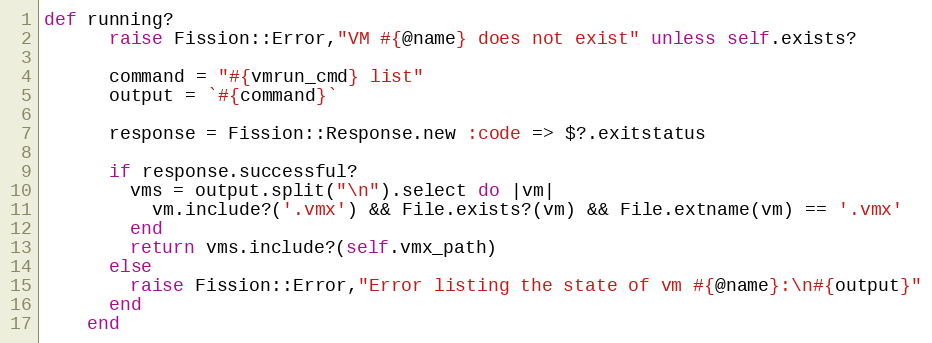
Language: Ruby
def running?
      raise Fission::Error,"VM #{@name} does not exist" unless self.exists?

      command = "#{vmrun_cmd} list"
      output = `#{command}`

      response = Fission::Response.new :code => $?.exitstatus

      if response.successful?
        vms = output.split("\n").select do |vm|
          vm.include?('.vmx') && File.exists?(vm) && File.extname(vm) == '.vmx'
        end
        return vms.include?(self.vmx_path)
      else
        raise Fission::Error,"Error listing the state of vm #{@name}:\n#{output}"
      end
    end